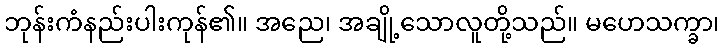
ဘုန်းကံနည်းပါးကုန်၏။ အညေ၊ အချို့သောလူတို့သည်။ မဟေသက္ခာ၊